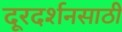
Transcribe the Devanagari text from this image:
दूरदर्शनसाठी